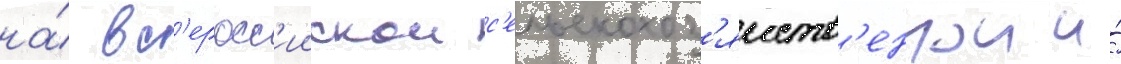
на́ вс'еросс'иискои с'ельскохоз'яиств'еннои и́